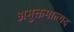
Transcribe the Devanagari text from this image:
अमुक्तमाल्यद